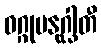
ဝဂ္ဂုမနုဂ္ဃါတီ